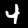
Digit: 4